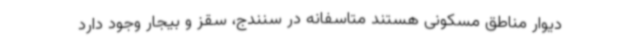
دیوار مناطق مسکونی هستند متاسفانه در سنندج، سقز و بیجار وجود دارد